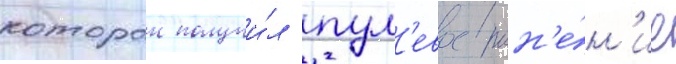
которои получи́л пул'евое ран'е́н'ие